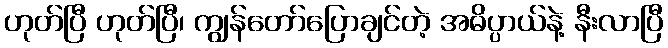
ဟုတ်ပြီ ဟုတ်ပြီ၊ ကျွန်တော်ပြောချင်တဲ့ အဓိပ္ပာယ်နဲ့ နီးလာပြီ